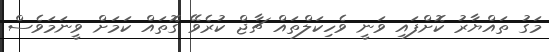
މަގު ތައްޔާރު ކޮށްފައި ވަނީ ވެހިކަލްތައް ޗާޖް ކުރެވޭ ގޮތައް ކަމަށް ވީނަމަވެސް